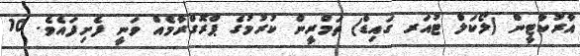
އާރުކާޓީން (ލޯކަލް ޓުއަރ ގައިޑް) ތަމްރީން ކުރުމުގެ ޕްރޮގްރާމެއް ވަނީ ފެށިފައެވެ. 10